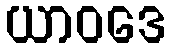
ယာဝဒေ